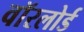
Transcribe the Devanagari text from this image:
वॉरलोर्ड